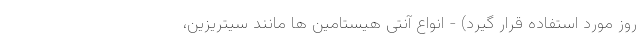
روز مورد استفاده قرار گیرد) - انواع آنتی هیستامین ها مانند سیتریزین،